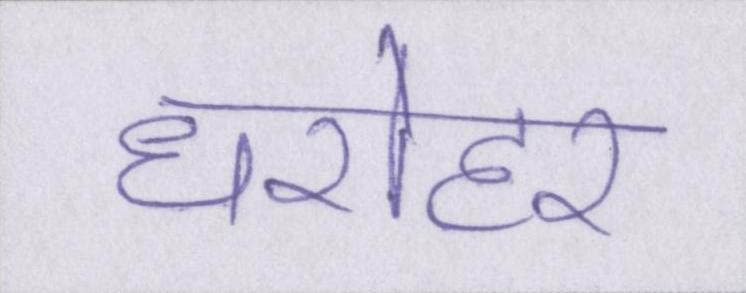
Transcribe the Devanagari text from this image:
धरोहर